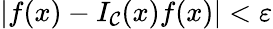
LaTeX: |f(x)-I_{\mathcal{C}}(x)f(x)|<\varepsilon